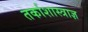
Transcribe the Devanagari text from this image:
तर्काशास्त्राज्ञ